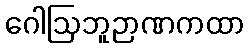
ဂေါဩဘူဉာဏကထာ